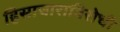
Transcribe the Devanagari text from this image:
हिसाचाराविरोधी